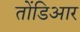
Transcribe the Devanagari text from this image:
तोंडिआर